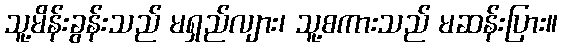
သူ့မိန်းခွန်းသည် မရှည်လျား၊ သူ့စကားသည် မဆန်းပြား။